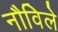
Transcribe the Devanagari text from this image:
नौविले